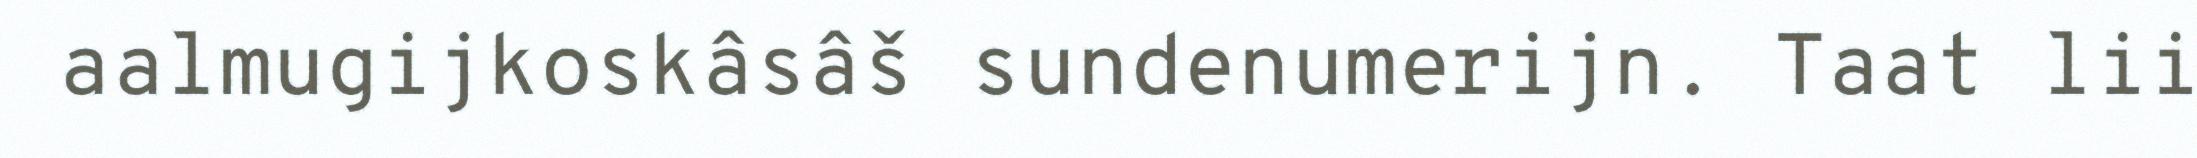
aalmugijkoskâsâš sundenumerijn. Taat lii